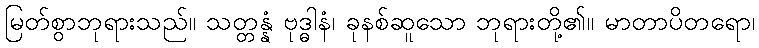
မြတ်စွာဘုရားသည်။ သတ္တန္နံ ဗုဒ္ဓါနံ၊ ခုနစ်ဆူသော ဘုရားတို့၏။ မာတာပိတရော၊